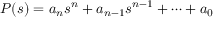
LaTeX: P ( s ) = a _ { n } s ^ { n } + a _ { n - 1 } s ^ { n - 1 } + \cdots + a _ { 0 }